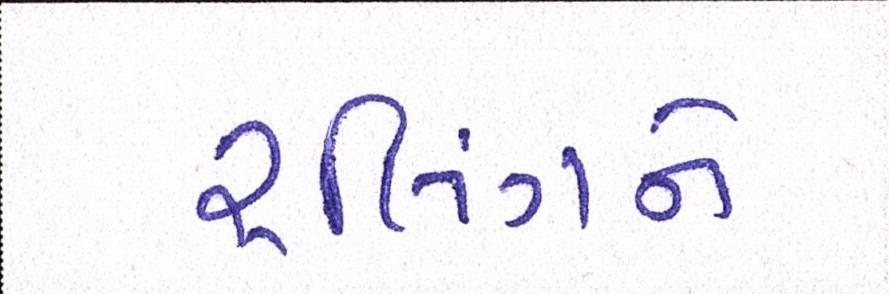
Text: રૃલિંગને